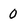
Character: 0